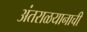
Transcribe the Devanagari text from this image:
अंतराळयानाची